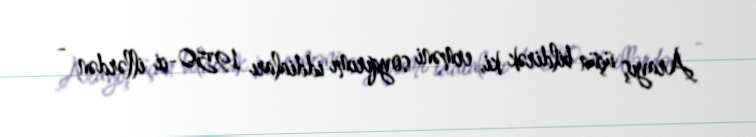
Arayış üçün bildirək ki, erməni soyqırımı iddiaları 1950-ci illərdən -